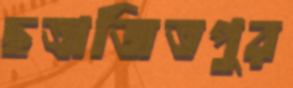
ছত্রাজিতপুর